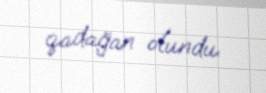
qadağan olundu.